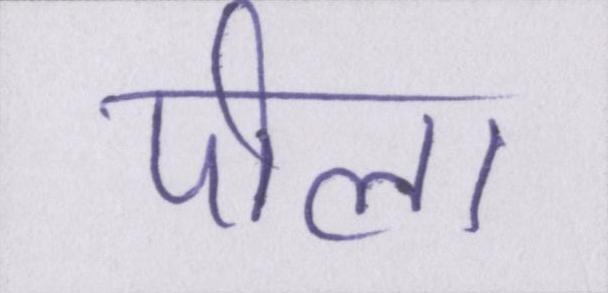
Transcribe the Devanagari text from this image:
पीला